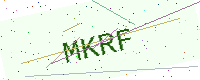
Text: MKRF